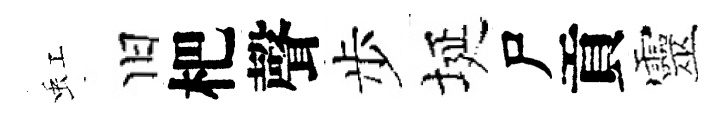
虹旧杷聲步埏尸貢靈